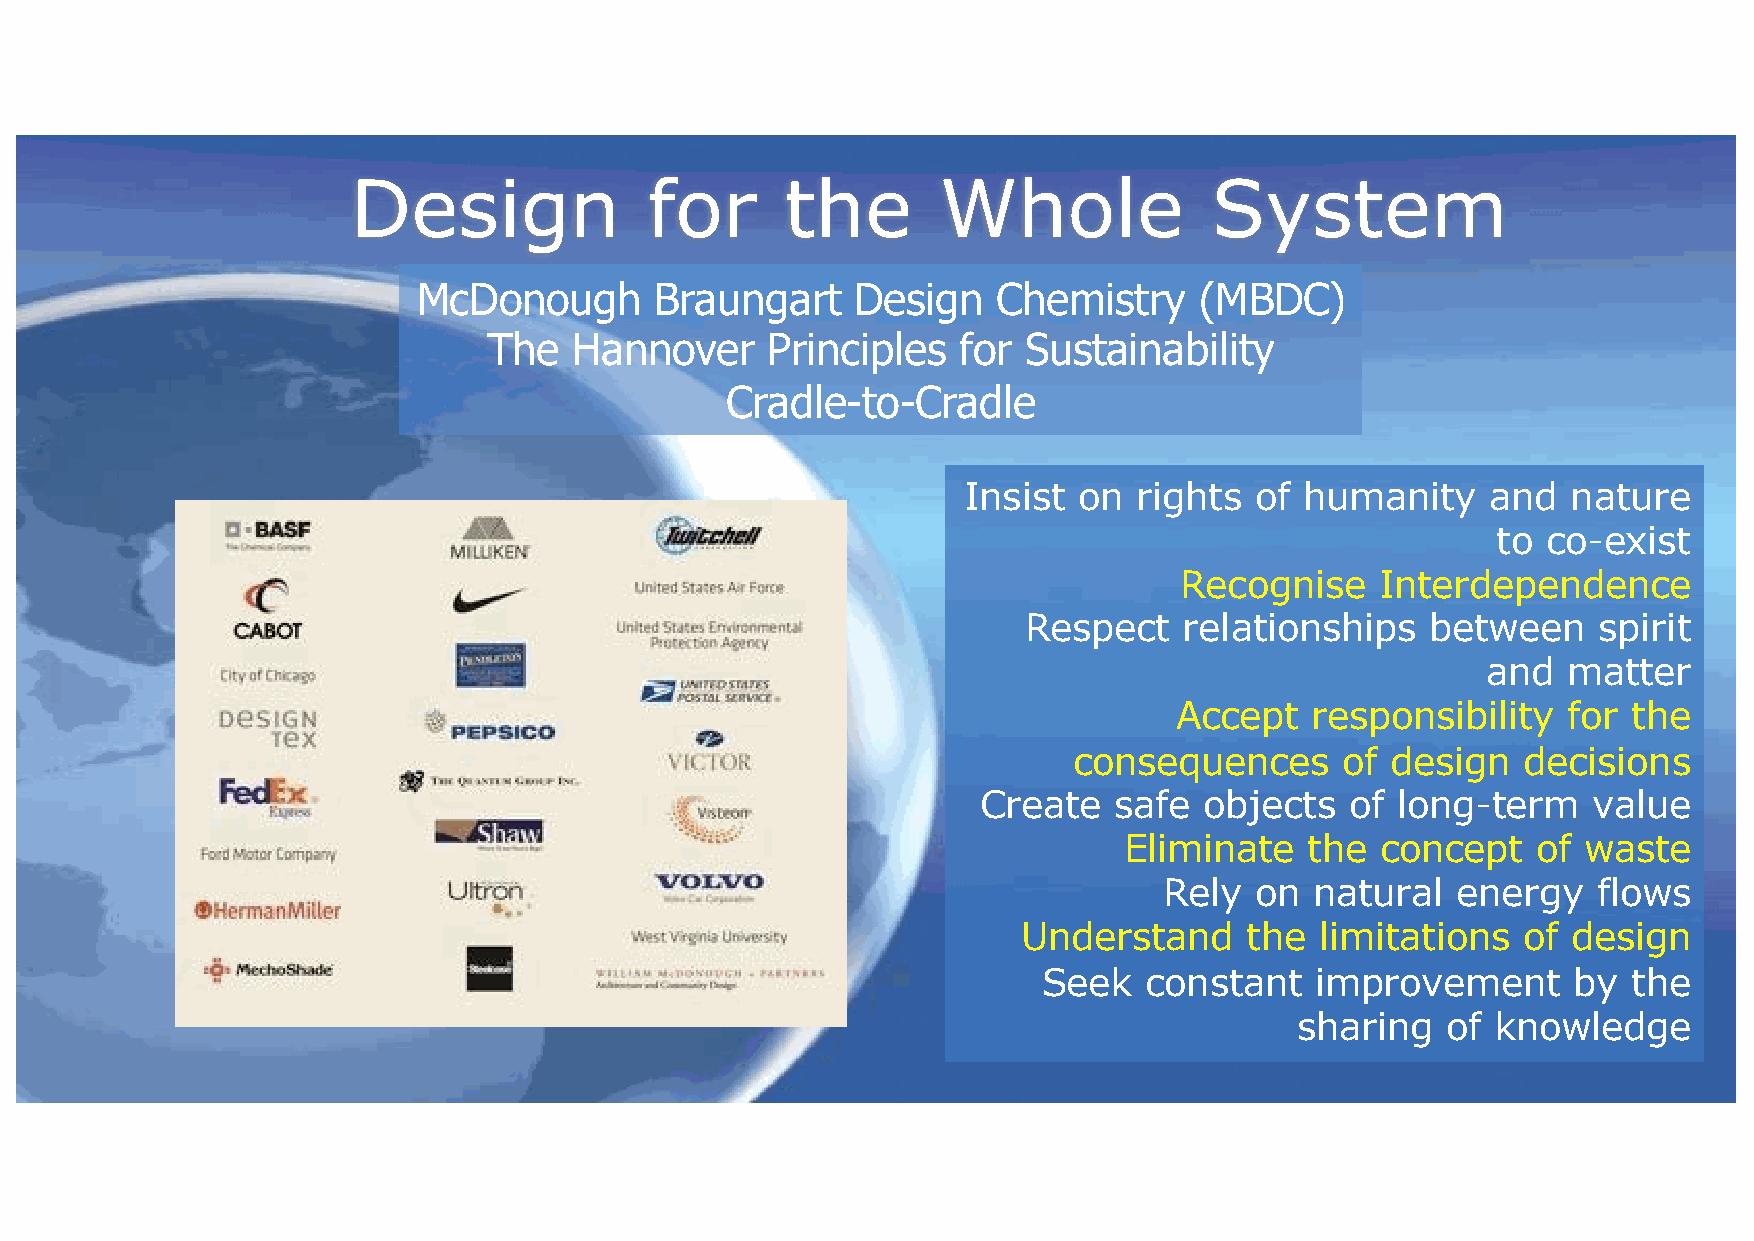
Design              for      the       Whole             System
 McDonough      Braungart     Design   Chemistry    (MBDC)
 The   Hannover     Principles   for Sustainability
 Cradle-to-Cradle
 Insist on  rights  of humanity     and  nature
 to co-exist
 Recognise    Interdependence
 Respect   relationships    between    spirit
 and   matter
 Accept   responsibility   for the
 consequences      of design   decisions
 Create   safe  objects  of long-term    value
 Eliminate    the concept    of waste
 Rely  on  natural  energy    flows
 Understand     the limitations   of design
 Seek   constant   improvement      by  the
 sharing   of knowledge